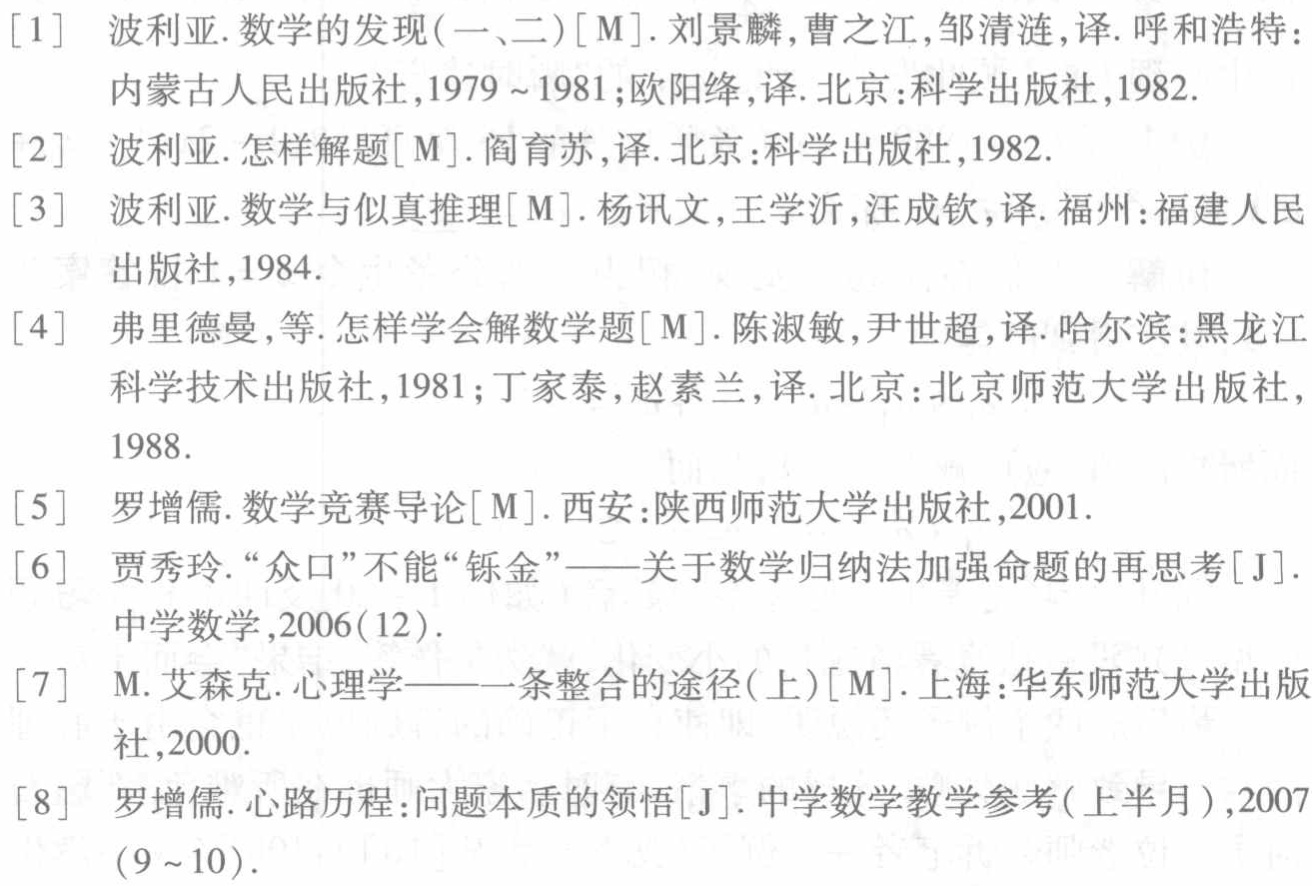
\begin{enumerate}

\item 波利亚.数学的发现(一、二)[M].刘景麟,曹之江,邹清涟,译.呼和浩特：内蒙古人民出版社,1979~1981;欧阳绛,译.北京:科学出版社,1982.

\item 波利亚.怎样解题[M].阎育苏,译.北京:科学出版社,1982.

\item 波利亚.数学与似真推理[M].杨讯文,王学沂,汪成钦,译.福州:福建人民出版社,1984.

\item 弗里德曼,等.怎样学会解数学题[M].陈淑敏,尹世超,译.哈尔滨:黑龙江科学技术出版社,1981;丁家泰,赵素兰,译.北京:北京师范大学出版社,1988.

\item 罗增儒.数学竞赛导论[M].西安:陕西师范大学出版社,2001.

\item 贾秀玲.“众口”不能“铄金”——关于数学归纳法加强命题的再思考[J].中学数学,2006(12).

\item M.艾森克.心理学——一条整合的途径(上)[M].上海:华东师范大学出版社,2000.

\item 罗增儒.心路历程:问题本质的领悟[J].中学数学教学参考(上半月),2007(9~10).

\end{enumerate}